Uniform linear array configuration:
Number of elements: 24
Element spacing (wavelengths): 0.75
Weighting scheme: hamming
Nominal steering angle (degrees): -30
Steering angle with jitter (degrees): -29.806
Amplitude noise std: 0.05
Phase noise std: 0.05

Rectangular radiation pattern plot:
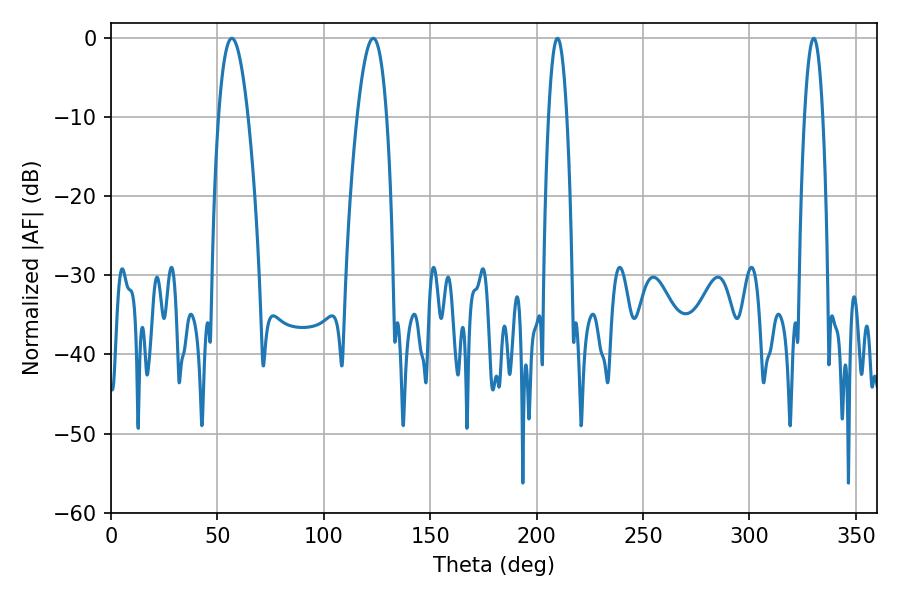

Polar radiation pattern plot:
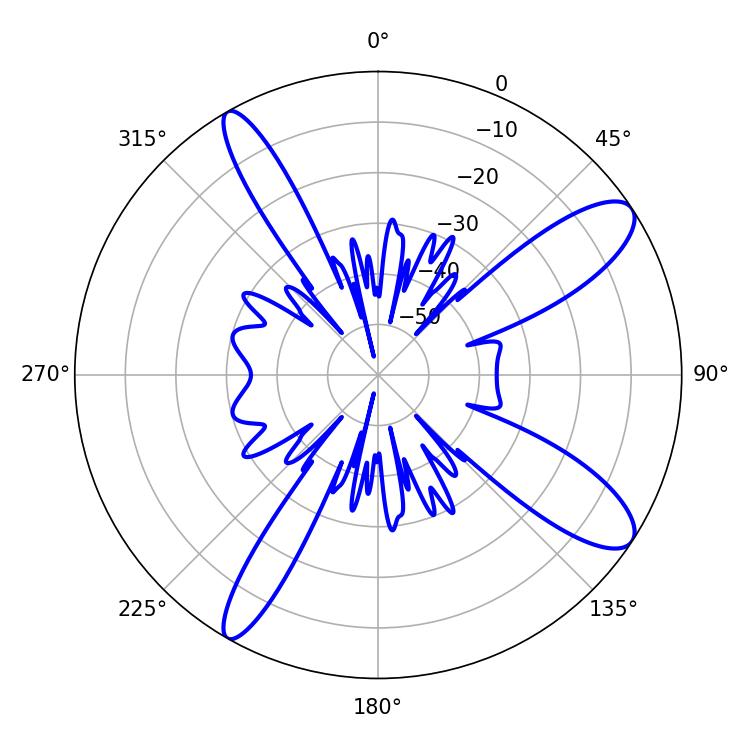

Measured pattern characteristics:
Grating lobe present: TRUE
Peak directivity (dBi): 11.214
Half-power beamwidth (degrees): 7.74
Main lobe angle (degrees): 56.7